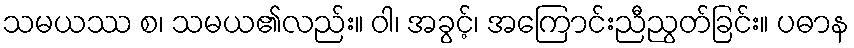
သမယဿ စ၊ သမယ၏လည်း။ ဝါ၊ အခွင့်၊ အကြောင်းညီညွတ်ခြင်း။ ပဓာန